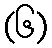
(၆)